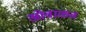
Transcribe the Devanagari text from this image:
ओवाळत